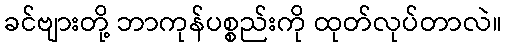
ခင်ဗျားတို့ ဘာကုန်ပစ္စည်းကို ထုတ်လုပ်တာလဲ။